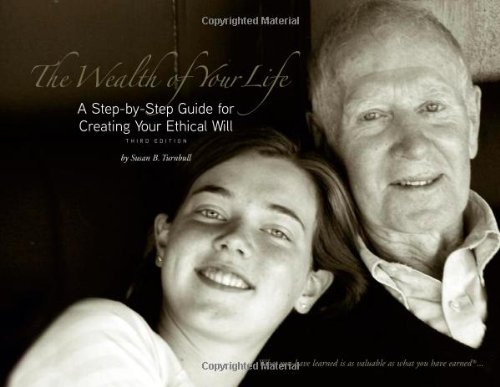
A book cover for The Wealth of Your Life: A Step-by-Step Guide for Creating Your Ethical Will; Susan B. Turnbull; Self-Help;